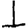
Digit: 1